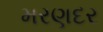
મરણદર